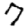
Digit: 7